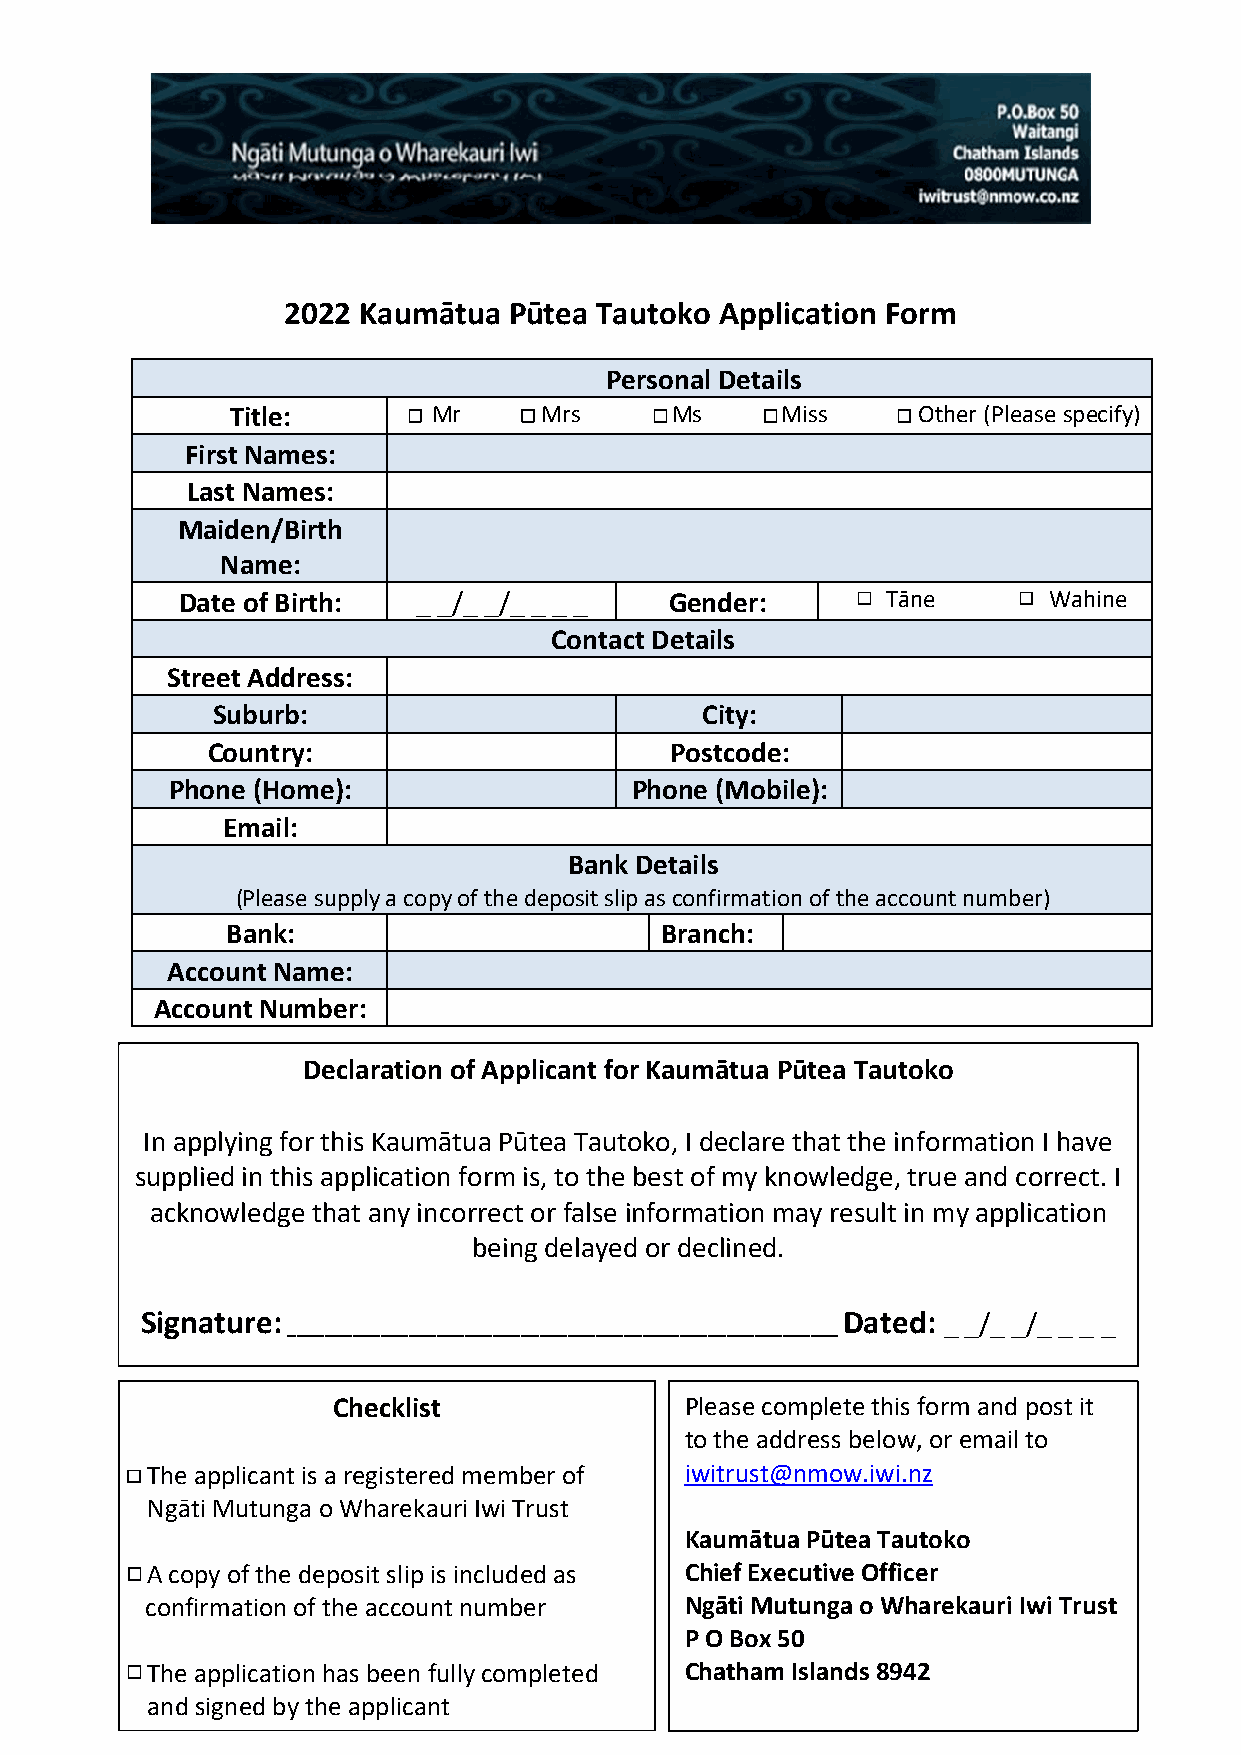
2022 Kaumātua  Pūtea Tautoko Application Form
 Personal Details
 Title:        Mr     Mrs     Ms      Miss     Other (Please specify)
 First Names:
 Last Names:
 Maiden/Birth
 Name:
 Date of Birth:  _ _/_ _/_ _ _ _ Gender:        Tāne      Wahine
 Contact Details
 Street Address:
 Suburb:                         City:
 Country:                      Postcode:
 Phone (Home):                  Phone (Mobile):
 Email:
 Bank Details
 (Please supply a copy of the deposit slip as confirmation of the account number)
 Bank:                        Branch:
 Account Name:
 Account Number:
 Declaration of Applicant for Kaumātua Pūtea Tautoko
 In applying for this Kaumātua Pūtea Tautoko, I declare that the information I have
 supplied in this application form is, to the best of my knowledge, true and correct. I
 a cknowledge that any incorrect or false information may result in my application
 being delayed or declined.
 S ignature:
 ___________________________________________________________
 Dated: _ _/_ _/_ _ _ _
 Checklist              Please complete this form and post it
 to the address below, or email to
 The applicant is a registered member of iwitrust@nmow.iwi.nz
 gNgāti Mutunga o Wharekauri Iwi Trust
 Kaumātua Pūtea Tautoko
 A copy of the deposit slip is included as C h i e f Executive Officer
 sconfirmation of the account number Ngāti Mutunga o Wharekauri Iwi Trust
 P O Box 50
 The application has been fully completed Chatham Islands 8942
 gand signed by the applicant